Report on vaccination in Madras 1904-1921 - 1904-1921
Year: 1904
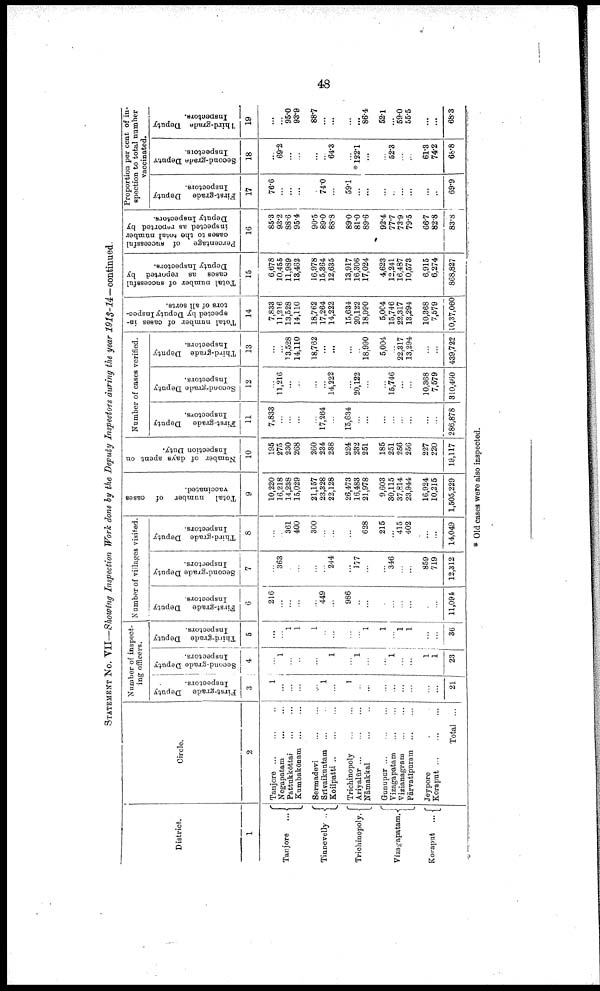
48
STATEMENT No. VII—Showing Inspection Work done by the Deputy Inspectors during the year
1913-14—continued.
District..
1
Tanjore
...
Tinnevelly..
Trichinopoly.
Vizagapatam.
Koraput
...
Circle.
2
Tanjore ... ... ...
Negapatam
...
...
Pattukkōttai
...
...
Kumbakōnam
...
...
Sermadevi
...
...
Srivaikuntam ... ...
Koilpatti ... ... ...
Trichinopoly
...
...
Ariyalūr
...
...
...
Nāmakkal ... ...
Gunupur
...
...
...
Vizagapatam
...
...
Vizianagram
...
...
Pārvatipuram
...
...
Jeypore ...
Koraput
...
...
...
Total ...
Number of inspect
ing officers.
First-grade Deputy
Inspectors.
3
1
...
...
...
...
1
...
1
..
...
...
...
...
...
...
...
21
Second-grade Deputy
Inspectors.
4
...
1
...
...
...
...
1
...
1
...
...
1
...
...
1
1
23
Third-grade Deputy
Inspectors.
5
...
...
1
1
1
...
...
...
...
1
1
...
1
1
...
...
36
Number of villages visited.
First-grade Deputy
Inspectors.
6
216
...
...
...
...
449
...
986
...
...
...
...
...
...
...
...
11,094
Second-grade Deputy
Inspectors.
7
...
363
...
...
...
...
244
...
177
...
...
346
...
...
859
719
12,312
Third-grade Deputy
Inspectors.
8
...
...
361
400
300
...
...
...
628
215
...
415
402
...
...
14,049
Total number of cases
vaccinated.
9
10,220
16,218
14,238
15,029
21,157
23,328
22,128
26,473
16,483
21,978
9,603
30,115
37,814
23,944
16,924
10,215
1,505,229
Number of days spent on
Inspection Duty.
10
195
275
230
268
260
234
238
224
232
251
185
251
256
256
227
220
19,117
Number of cases verified.
First-grade Deputy
Inspectors.
11
7,833
...
...
...
...
17,264
...
15,634
...
...
...
...
...
...
...
...
286,878
Second-grade Deputy
Inspectors.
12
...
11,216
...
...
...
...
14,222
...
20,122
...
...
15,746
...
...
10,368
7,579
310,460
Third-grade Deputy
Inspectors.
13
...
...
13,528
14,110
18,762
...
...
...
...
18,990
5,004
...
22,317
13,294
...
...
439,722
Total number of cases in
spected by Deputy Inspec
tors of all sorts.
14
7,833
11,216
13,528
14,110
18,762
17,264
14,222
15,634
20,122
18,990
5,004
15,746
22,317
13,294
10,368
7,579
10,37,060
Total number of successful
cases as reported by
Deputy Inspectors.
15
6,678
10,455
11,989
13,462
16,978
15,864
12,635
13,917
16,306
17,024
4,623
12,241
16,487
10,573
6,915
6,274
868,827
Percentage
of successful
cases to the total number
inspected as reported by
Deputy Inspectors.
16
85.3
93.2
88.6
95.4
90.5
89.0
88.8
89.0
81.0
89.6
92.4
77.7
73.9
79.5
66.7
82.8
83.8
Proportion per cent of in
spection to total number
vaccinated.
First-grade Deputy
Inspectors.
17
76.6
...
...
...
...
74.0
...
59.1
...
...
...
...
...
...
...
...
69.9
Second-grade Deputy
Inspectors.
18
...
69.2
...
...
...
...
64.3
...
*122.1
...
...
52.3
...
...
61.3
74.2
68.8
Third-grade Deputy
Inspectors.
19
...
...
95.0
93.9
88.7
...
...
...
...
86.4
52.1
...
59.0
55.5
...
...
68.3
* Old cases were also inspected.